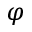
\varphi